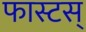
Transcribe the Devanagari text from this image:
फास्टस्